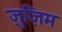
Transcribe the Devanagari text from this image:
ज़ुज़िम